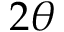
2 \theta